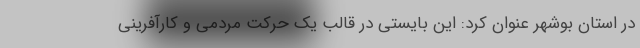
در استان بوشهر عنوان کرد: این بایستی در قالب یک حرکت مردمی و کارآفرینی